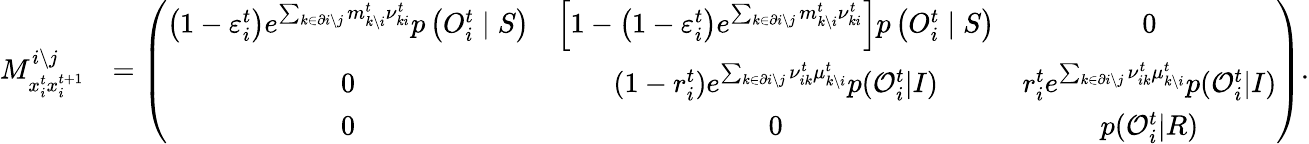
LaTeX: \begin{array}{rl}{M_{x_{i}^{t}x_{i}^{t+1}}^{i\setminus j}}&{=\left(\begin{array}{ccc}{\left(1-\varepsilon_{i}^{t}\right)e^{\sum_{k\in\partial i\setminus j}m_{k\setminus i}^{t}{\nu}_{ki}^{t}}p\left(O_{i}^{t}\mid S\right)}&{\left[1-\left(1-\varepsilon_{i}^{t}\right)e^{\sum_{k\in\partial i\setminus j}m_{k\setminus i}^{t}{\nu}_{ki}^{t}}\right]p\left(O_{i}^{t}\mid S\right)}&{0}\\ {0}&{(1-r_{i}^{t})e^{\sum_{k\in\partial i\setminus j}\nu_{ik}^{t}\mu_{k\setminus i}^{t}}p(\mathcal{O}_{i}^{t}|I)}&{r_{i}^{t}e^{\sum_{k\in\partial i\setminus j}\nu_{ik}^{t}\mu_{k\setminus i}^{t}}p(\mathcal{O}_{i}^{t}|I)}\\ {0}&{0}&{p(\mathcal{O}_{i}^{t}|R)}\end{array}\right).}\end{array}